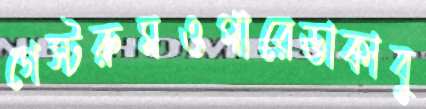
গেস্টরুমওপারেডাকাবু